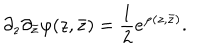
\partial _ { z } \partial _ { \bar { z } } \varphi ( z , \bar { z } ) = { \frac { 1 } { 2 } } e ^ { \varphi ( z , \bar { z } ) } .